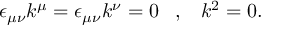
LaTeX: \epsilon _ { \mu \nu } k ^ { \mu } = \epsilon _ { \mu \nu } k ^ { \nu } = 0 \, \, \, \, \, , \, \, \, \, \, k ^ { 2 } = 0 .